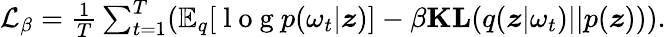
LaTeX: \begin{array}{r}{\mathcal{L}_{\beta}=\frac{1}{T}\sum_{t=1}^{T}(\mathbb{E}_{q}[\mathrm{~l~o~g~}p(\omega_{t}|\boldsymbol{z})]-\beta\textbf{KL}(q(\boldsymbol{z}|\omega_{t})||p(\boldsymbol{z}))).}\end{array}